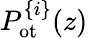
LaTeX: P_{\mathrm{ot}}^{\{ i\} }(z)